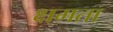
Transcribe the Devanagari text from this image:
क्षमता